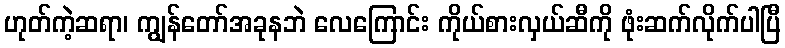
ဟုတ်ကဲ့ဆရာ၊ ကျွန်တော်အခုနဘဲ လေကြောင်း ကိုယ်စားလှယ်ဆီကို ဖုံးဆက်လိုက်ပါပြီ